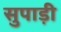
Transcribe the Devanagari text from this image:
सुपाड़ी